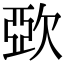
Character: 㰳